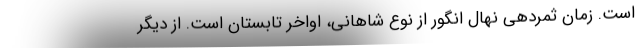
است. زمان ثمردهی نهال انگور از نوع شاهانی، اواخر تابستان است. از دیگر